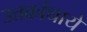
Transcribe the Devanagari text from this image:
उत्तर्काथायें